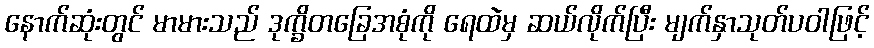
နောက်ဆုံးတွင် မာမားသည် ဒုက္ခိတခြေအစုံကို ရေထဲမှ ဆယ်လိုက်ပြီး မျက်နှာသုတ်ပဝါဖြင့်